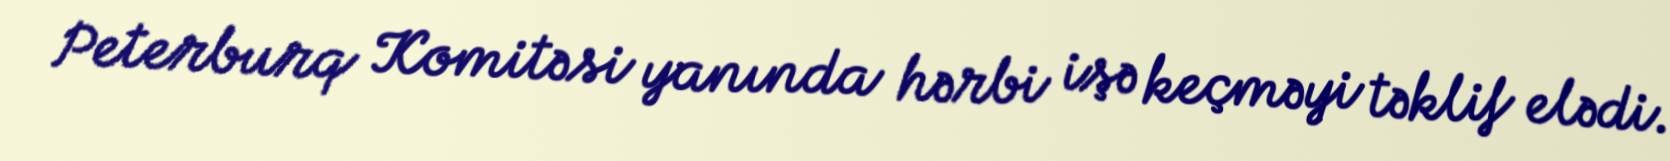
Peterburq Komitəsi yanında hərbi işə keçməyi təklif elədi.